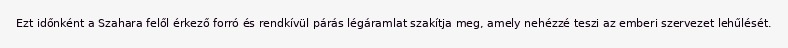
Ezt időnként a Szahara felől érkező forró és rendkívül párás légáramlat szakítja meg, amely nehézzé teszi az emberi szervezet lehűlését.